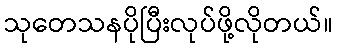
သုတေသနပိုပြီးလုပ်ဖို့လိုတယ်။